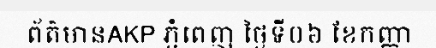
ព័ត៌មានAKP ភ្នំពេញ ថ្ងៃទី០៦ ខែកញ្ញា